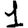
Digit: 1